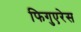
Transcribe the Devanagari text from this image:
फिगुएरेस